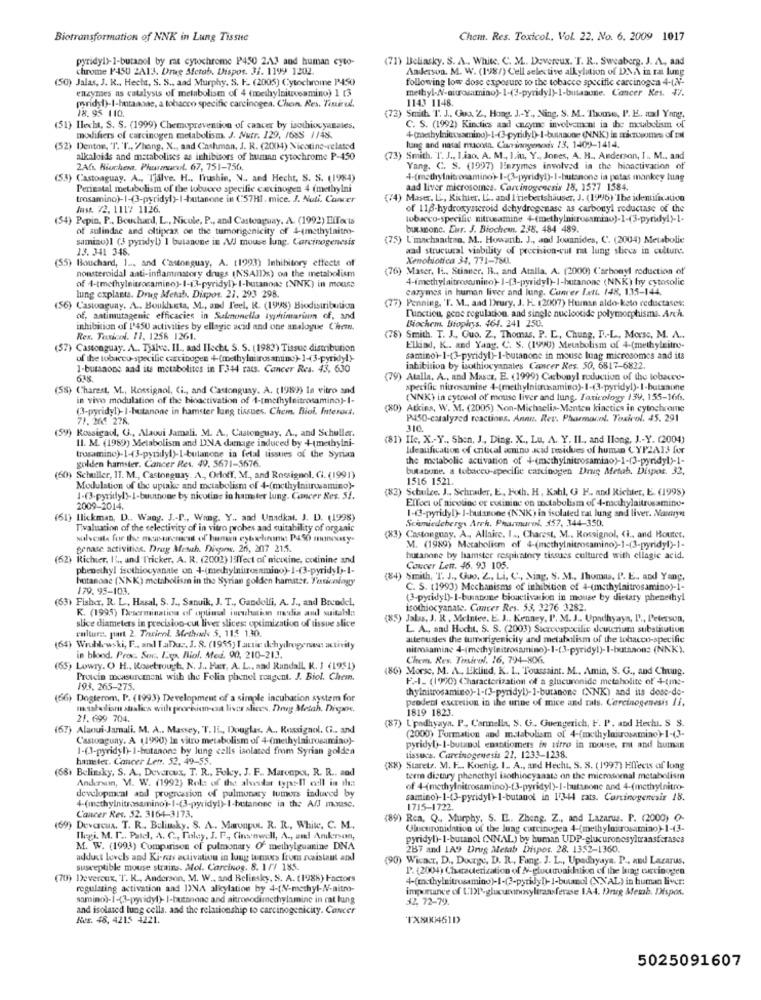
Biotransformation of NNK in Lung Tissue
Chem. Res. Toxicol, Vol. 22. No. 6. 2009 1017
pyridyl)- 1-butanol by me cytochrome P450 2.13 and human cyto-
(71) Beliasky. S. A .. White. C. M .. Devereux. T. R ., Sweaberg. J. A ., and
chrome P450 2A13. Drug Metab. Dispos. 31. 1199 1202.
Anderson. M. W. (198/) Cell selective alkylation of DNA in ra lung
(50) Jalas, J. R ., Hecha, S. S ., aad Murphy. S. F. (2005) Cytochrome P450
following low dose exposure to the tobacco specific carcinogen 4-(2-
enzymes as catalysts of metabolisen of 4 (methylnitrooamino) 1 [3
methyl-N-nitrosamino)-1-(3-pyridy!)-1-butaaune. Cancer Res. 47.
wyridyl)-I-hutaane, a tobacco specific carcinogen. Chon. Res. Tiniruf.
1143 1148.
18.95 110.
72) Smith T. J ., Gua. Z, Hong. J .- Y ., Ning, S. M. Thome, P. E .. nad Yang,
(51) Ilecht, S. S. (1999) Chemoprevention of cancer by isothiocyanates,
C. S. (1992) Kindics and cneyme involvement in ibe metabolism of
modifiers of carcinogen metabolism. J. Nutr. 129, 7685 //48.
(52) Dentor, T. T ., Zhang, X ., aad Cashman, J. R. (2004) Nicotine-related
lung and natal mucosa. Caninoyerexis /3, 1409-1414.
alkaloids and metabolites as inhibitors of human cytochrome P-450
(73) Smith. T. J ., Liao. A. M ., Liu, Y ., Jones, A. H ., Anderson, I .. M ., and
2Afs. Biochem. Pharmacol. 67, 751-756.
Yang. C. S. (1997) Hazymes involved in the hicactivation of
(53) Castoaguay. A ., Tjalve. H ., Prushin, N .. and Hecht, S. S. (1984)
4-(methylnitrosamino)-1-(3-pyridy!)-I-butsnone ia petas mankey lung
Perinatal metabolism of the tobuceo specific carcinogen 4 (methylni
aad liver microsomes. Carcinogenesis 18, 1577 1584.
trosamino)-1-(3-pyridyl)-I-butanone in (:57HI. mice. J. Nuti. Cancer
(74) Maser. L ., Richier. L. and I'riebertshäuser, J. (1996) The identification
fast. 72. 1117 1126.
of 116-hydroxysteroid dehydrogenase as carbonyl reductase of the
(54) Pepin, P ., Bouchard, L ., Nicole, P ., and Casteaguay, A. (1992) EiTects
tobacco-specific nitrosamine 4(methylnitrosamino)-1-(3-pyridyl)-1.
of aulindae and oltiprax on the tumorigenicity of 4-(methylnitro-
butinone. Eur. J. Biochemn. 238. 484 489.
samino)1 (3 pyridy!) 1 butanone in V/J mouse lung. Carcinogenesis
(75) L'machaarrao. M .. Howanh. J ., and Joonnides, C. (2004) Metabolic
13. 341 348.
aad structural viability of precision-cut rat lung slices in culture.
(55) Bouchard, 1 ... and ('astonguay, A. (1993) Inhibitory effects of
Xenobiotica 34, 771-780.
nonsteroidal anti-inflammatory drugs (NSAID)s) on the metabolism
(76) Maser, IL ., Stinner, B ., and Atalla, A. (2000) Carbonyl reduction of
4-(methylaitrosamino)- 1-(3-pyridyl)-I-hutanone (NNK) hy cytosolic
of 4-tmethylnitrocamino)-1-13-pyridyl)- I-butanoas (NNK) in mouse
lung explants. Drug Metab. Dispor. 27. 293 298.
carymes in human liver and lung. Cunver Lett. 148, 135-144.
(77) Penning, 'T. M ., aad Drury, J. K. 2(K)7) Human aldo-keto reductases:
(56) Castoaguay. A .. Boukh.cta, M ., and Feel, R. (1998) Biodistribution
of, antimutagenic efficacies in Salmonella typhimarins of, and
Dinction, gene regulation, and single nucleotide polymorphisma. Arch.
inhibition of P450 activities by ellagic acid and one analogue Chain.
Biochem, Bioplys. 464. 241 250.
Res. Taxicol. 11. 1256 1261.
(78) Smith. T. J ., Guo. Z ., Thomas, P. L ., Chung, I .- L ., Morse, M. A ..
(57) Castonguay. A .. Tjale. Il ., and Iloche, S. S. (1983) Tissue dismibution
Elkad, K .. and Yang, C. S. (1990) Metabolism of 4-(methylnitro-
of the tobacco-specific carcinogen +(methylnirosamino)-1-3-pyridyl)-
saminoi-1-(3-pyridyl)-1-butanone in mouse lung microsomes and its
I-butanone and its metabolites in F344 rats. Cancer Res. 43, 630
inhibition by isothiocyanales Cancer Res. 50, 6817-6822.
638
(79) Atalla, A ., and Mascr, E. (1999) Carbonyl roduction of the tobacco-
(58) Charest, M ., Rossignol, Ci ., and Castonguay. A. (1982) In vitro and
specific nitrossmine 4-(methylniucamino)-1-(3-pyridyl)- I-butanone
in vivo modulation of the bioactivation of 1-tmethylnitrosamino)-I-
(NNK) in cytosol of mouse liver and lung. Taricology 139, 155-166s.
(3-pyridyl)- I-butanone in hamster lung tissues. Chem. Biol. Interact.
(80) Atkins, W. M. (2005) Non-Michaelia-Menten kiactics in cytochrome
71. 264 278.
P450-catalyzed reactions. Annn. Rev. Pharmacol. Toxicol. 45. 291
(59) Rossignol, U ., Alaoui Jamali. M. A ., Castonguay. A ., and Schuller.
310.
II. M. (1989) Metabolism and DNA damage induced by +-(methylni-
(81) Ilc, X .- Y ., Shen. J ., Ding. K ., Lu, A. Y. Il ., and Ilong, J .- Y. (2004)
trusamino)-1-(3-pyridyl)-1-bulanone in fetal tissues of the Syrian
Identification of critical amino acid residues of human CYPZA13 for
golden hamster. Cancer Res. 49. 5671-5676.
the metabolic activation of 4-(methylnitrosamino)-1-(3-pyridyl)-1-
butasone. a tobacco-specific carcinogen Ding Metab. Dispos. 32,
(50) Schuller, 11. M ., Castonguay. A ., Orloff. M ., and Rossignol, Cl. (1991)
1516 1521.
Modulation of the uptake and metabolism of 4-(methylnitrusamino)-
(83) Schulze. J ., Schruker, E, Foch. H. Kahl, G F .. and Richter, E. (1998)
1-(3-pyridyl)-I-buuinone by nicotine in hamster lung. Cancer Res. 51.
Effect of nicotinc er cutining on metabolism of 4-methylaitrusamino-
2009-2014.
(61) Ilickman, D .. Wany. J .- P ., Wang. Y ., and Unadkat. J. D. (1998)
1-@-pyridyl)- I-butanone (NNK) in isolated rat lung and liver. Nannyn
Schmiedebergs Arch. Pharmacol. 157, 344-350.
Tivaluation of the selectivity of in vitro probes and suitability of organic
solvents for the msn-unemost of hanwn cytochrome P450 munousy-
(83) Castonguay. A ., Allaire. I ., Charest, M .. Rossignol, CI ., and Houter,
genase activities. Drug Meth. Disporw. 265, 207 21.5.
M. (1989) Metabolism of 4-(methylnitrosamino)-1-(3-pyridyl)-1-
(62) Richter, IL ., and Tricker, A. R. (2002) 1affect of nicotine, cotinine and
butanone by hamster respiratory tissues cultured with ellagic acid.
phenothy! isethiocyanale on -+-(methylnimosamino)-1-(3-pyridy1 ,- 1-
Concer Lett. 46. 93 105.
Itanoac (NNK) metabolism in the Syrian golden hamast. Yericology
(84) Smith, T. J ., Guo. Z, Li. C ., Niag, S. M ., Thomas, P. E ., and Yanp,
179. 95-103.
C. S. (1993) Mechanisms of inhibition of 4-(msthylnitrosamino)-1-
(63) Fisher, R. L ., Hasal, S. J ., Sanuik, J. T ., Gandolfi, A. J ., and Bocadel,
(3-pyridy!)-I-buranune bioactivation in mouse by dietary phenethyl
R. (1995) Tacterminations of optiusd incubation media and suitable:
isothiocyanate. Cancer Res. 53, 3276 3282.
slice diameters in precision-cut liver slices: optimization of tissue slice
(85) Jalas, J. R. Melnee. E. J .. Kenney, P. M. J .. Upadhyaya, l' ., Peterson,
caluare. part 2. Taciel. Methoche 5. 112 130.
L. A ., and Hocht. S. S. (2003) Siervospocilie deuterium substitution
altenustes the tumarigenicity and metabolism of the tobacco-specific
(64) Wruble wski, F ., and TaDuz. J. S. (1955; Tactic ilchyilrogers activity
mitmaamine 4-(methylnitrosamino)-1-(3-pyridy!)-1-bursaon: (NNK).
in blood. Proc. Soc. Lit. Biol. Med. 90, 210-213.
Chem. Res. Tositol. 16. 794-804.
(65) Lowry. O H ., Rosetrough, N. J .. Har, A. L ., and Randall, K. I (1951)
(86) Morse, M. A ., Eklind, K. 1 ., Toussaint. M ., Amin, S. G ., and Chung.
Protein measurement with the Felia phenel reagent. J. Biol. Chem.
F.I. (1990) Characterization of a glucuronide metabolite of 4-(ine-
193. 265-275.
thylnitrosamino)-1-(3-pyridyl)-I-butanone (NNK) and its dose-de-
(66) Dogterom, P. (1993) Development of a simple incubation system for
peodent excretion in the urine of mice and rats. Carcinogenesis II,
m saludlismu shalics with peorbien-csa lives slices. Drug Metah, Dispone,
1819 1823.
21.699 704.
(87) L'padhyaya. P. Carmella, S. G. Guengerich, F. P. and Hechi. S. S.
(67) Alaoui-Jamali. M. A .. Massey, T. 15 ., Douglas, A ., Rossignol. Ci .. and
(2000) Formation and malabolism of 4-(methyloirosamino)-1-(3-
Castoaguay. A (1990) In vitro metabolism of 4-(methylaiurosamiao)-
1-(3-pyridyl)- 1-butanons by lung cells isolated from Syrian golden
pyridyl)-I-butanol enantiomers in vitro in mouse, rat and human
hamster. Cancer Len. 52, 49-55.
lissucs. Carcinogenesis 22, 1233-1238.
(68) Belinsky, S. A ., Deveroux, T. R ., Foky, J. F ., Maronpes, R. R .. sad
(XX) Staretz. M. F .. Koenig. I. A ., and Hecht, S. S. (1997) Effects of long
Andersen, M. W. (1992) Rok of the alvesdar typeIl cdl in the
term distary phenethyl llothineyaaste on the miemsomnal metabolism
development and progression of pulmonary tumors induced by
of 4-(methylnitrosamino)-(3-pyridyl)-I-butanone and 4-(methylnitro-
samino)-1-(3-pyridyl)-1-butanol in 1344 rats. Carcinogenesis 18.
1715-1722.
Cancer Res. 52. 3164-3173.
(89) Rea. Q .. Murphy, S. L .. Zheng. Z ., and Lazarus. P. (2000) O-
(69) Devarcux. T. R. Belinky. S. A .. Marunpo. R. R ., White, C. M.
Glucuronidation of the lung carcinogen 4-(methyloirosamino)-1-43-
Ilegi. M. P .. Patel, A. C ., Pole , J. P, Cinsenwell, A ., and Ankerson,
pyridyl)-1-butanol (NNAL) by human UDP-glucuronesyltransferasea
M. W. (1993) Comparison of pulmonary Of methylguanine DNA
287 and 1A9 Drug Metab Dispos. 28. 1352-1360.
adduct levels and Ki-ras activation in lung tums from resistant and
(90) Wicacr, D ., Dorge, D. R ., Fung. J. L ., Upadayaya. P ., and Lazarus.
susceptible mouse strains. Mol. Carcinos. 8. 1/7 185.
P. (2004) Characterization of N-gluconichtion of the bag orcinogen
(70) Deveroux, T. R ., Anderson, M. W ., and Beliesky, S. A. (1988) Factors
regulating activation and DINA alkylation by 4-(V-methyl-N-nitro-
impmance of L'DI-glucuronosyltransferase IA-4. Drug Mesb. Dispos.
samino)-1-(3-pyridyl)- I-butanone and nitrosodimethylamine in rat lung
32,72-79.
and isolated lung cella. and the relationship to carcinogenicity. Cancer
Res. 48, 4215 4221.
TX800461D
5025091607